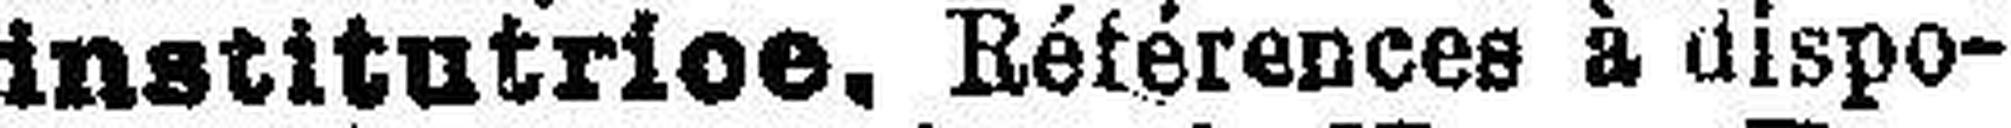
institutrice, Références à dispo¬